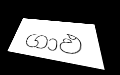
ගාඵ